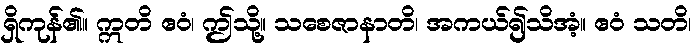
ရှိကုန်၏။ ဣတိ ဧဝံ၊ ဤသို့။ သစေဇာနာတိ၊ အကယ်၍သိအံ့။ ဧဝံ သတိ၊